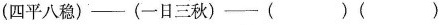
(四平八稳)—(一日三秋)—() ()